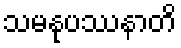
သမနုပဿနာတိ